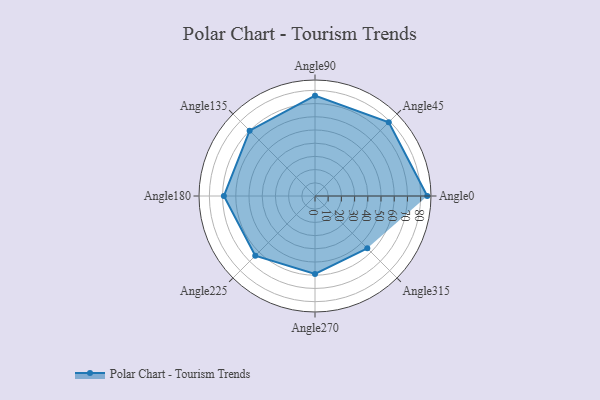
{"axis": {"x": "Angle", "y": "Radius"}, "legend": [""], "data": [{"x": "Angle0", "y": 85.0, "type": ""}, {"x": "Angle45", "y": 79.0, "type": ""}, {"x": "Angle90", "y": 76.0, "type": ""}, {"x": "Angle135", "y": 70.0, "type": ""}, {"x": "Angle180", "y": 69.0, "type": ""}, {"x": "Angle225", "y": 64.0, "type": ""}, {"x": "Angle270", "y": 59.0, "type": ""}, {"x": "Angle315", "y": 56.0, "type": ""}]}